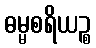
ဓမ္မစရိယဉ္စ